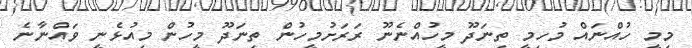
މިމީ ހުއްނައް މުހިމީ ތިނަދޫ މީހުއްނެނޫ ރަރަށުމީހުން ތިނަދޫ މީހުން މިއުޅެނީ ވައްނާނެ